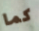
كما